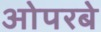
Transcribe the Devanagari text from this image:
ओपरबे